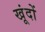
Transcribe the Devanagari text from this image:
खूंदों